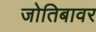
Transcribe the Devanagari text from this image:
जोतिबावर